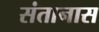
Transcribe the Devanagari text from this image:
संतानास